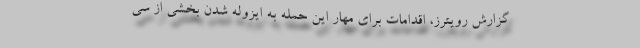
گزارش رویترز، اقدامات برای مهار این حمله به ایزوله شدن بخشی از سی